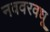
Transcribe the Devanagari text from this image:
नववरवधू